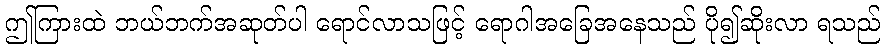
ဤကြားထဲ ဘယ်ဘက်အဆုတ်ပါ ရောင်လာသဖြင့် ရောဂါအခြေအနေသည် ပို၍ဆိုးလာ ရသည်